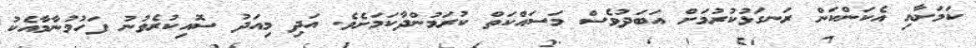
ކަމަށާއި އެކަންކަން ރަނގަޅުކުރުމަށް އަބަދުވެސް މަސައްކަތް ކުރަމުންދާކަމަށެވެ. އަދި މިއަދު ސޮއިކުރެވުނު ފަހުމުނާމާއެކު